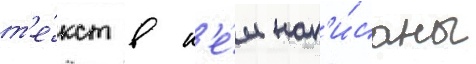
т'е́кст в н'е́м нап'и́саны